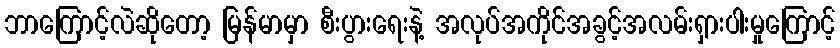
ဘာကြောင့်လဲဆိုတော့ မြန်မာမှာ စီးပွားရေးနဲ့ အလုပ်အကိုင်အခွင့်အလမ်းရှားပါးမှုကြောင့်